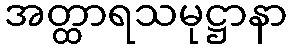
အတ္ထာရသမုဋ္ဌာနာ